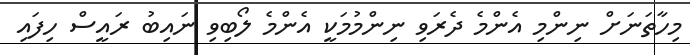
މިހާތަނަށް ނިންމި އެންމެ ދެރަވި ނިންމުމަކީ އެންމެ ލޯބިވި ނައިބު ރައީސް ހިފައި